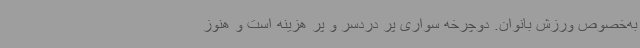
به‌خصوص ورزش بانوان. دوچرخه سواری پر دردسر و پر هزینه است و هنوز